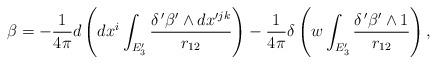
LaTeX: \begin{align*}\beta =-\frac{1}{4\pi }d\left( dx^{i}\int_{E_{3}^{\prime }}\frac{\delta ^{\,\prime }\beta ^{\prime }\wedge dx^{\prime jk}}{r_{12}}\right) -\frac{1}{4\pi }\delta \left( w\int_{E_{3}^{\prime }}\frac{\delta ^{\,\prime}\beta ^{\prime }\wedge 1}{r_{12}}\right) ,\end{align*}